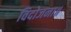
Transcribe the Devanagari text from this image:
विदोजना॥